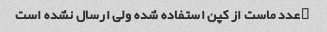
۲عدد ماست از کپن استفاده شده ولی ارسال نشده است